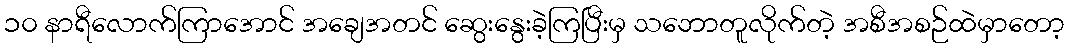
၁၀ နာရီလောက်ကြာအောင် အချေအတင် ဆွေးနွေးခဲ့ကြပြီးမှ သဘောတူလိုက်တဲ့ အစီအစဉ်ထဲမှာတော့